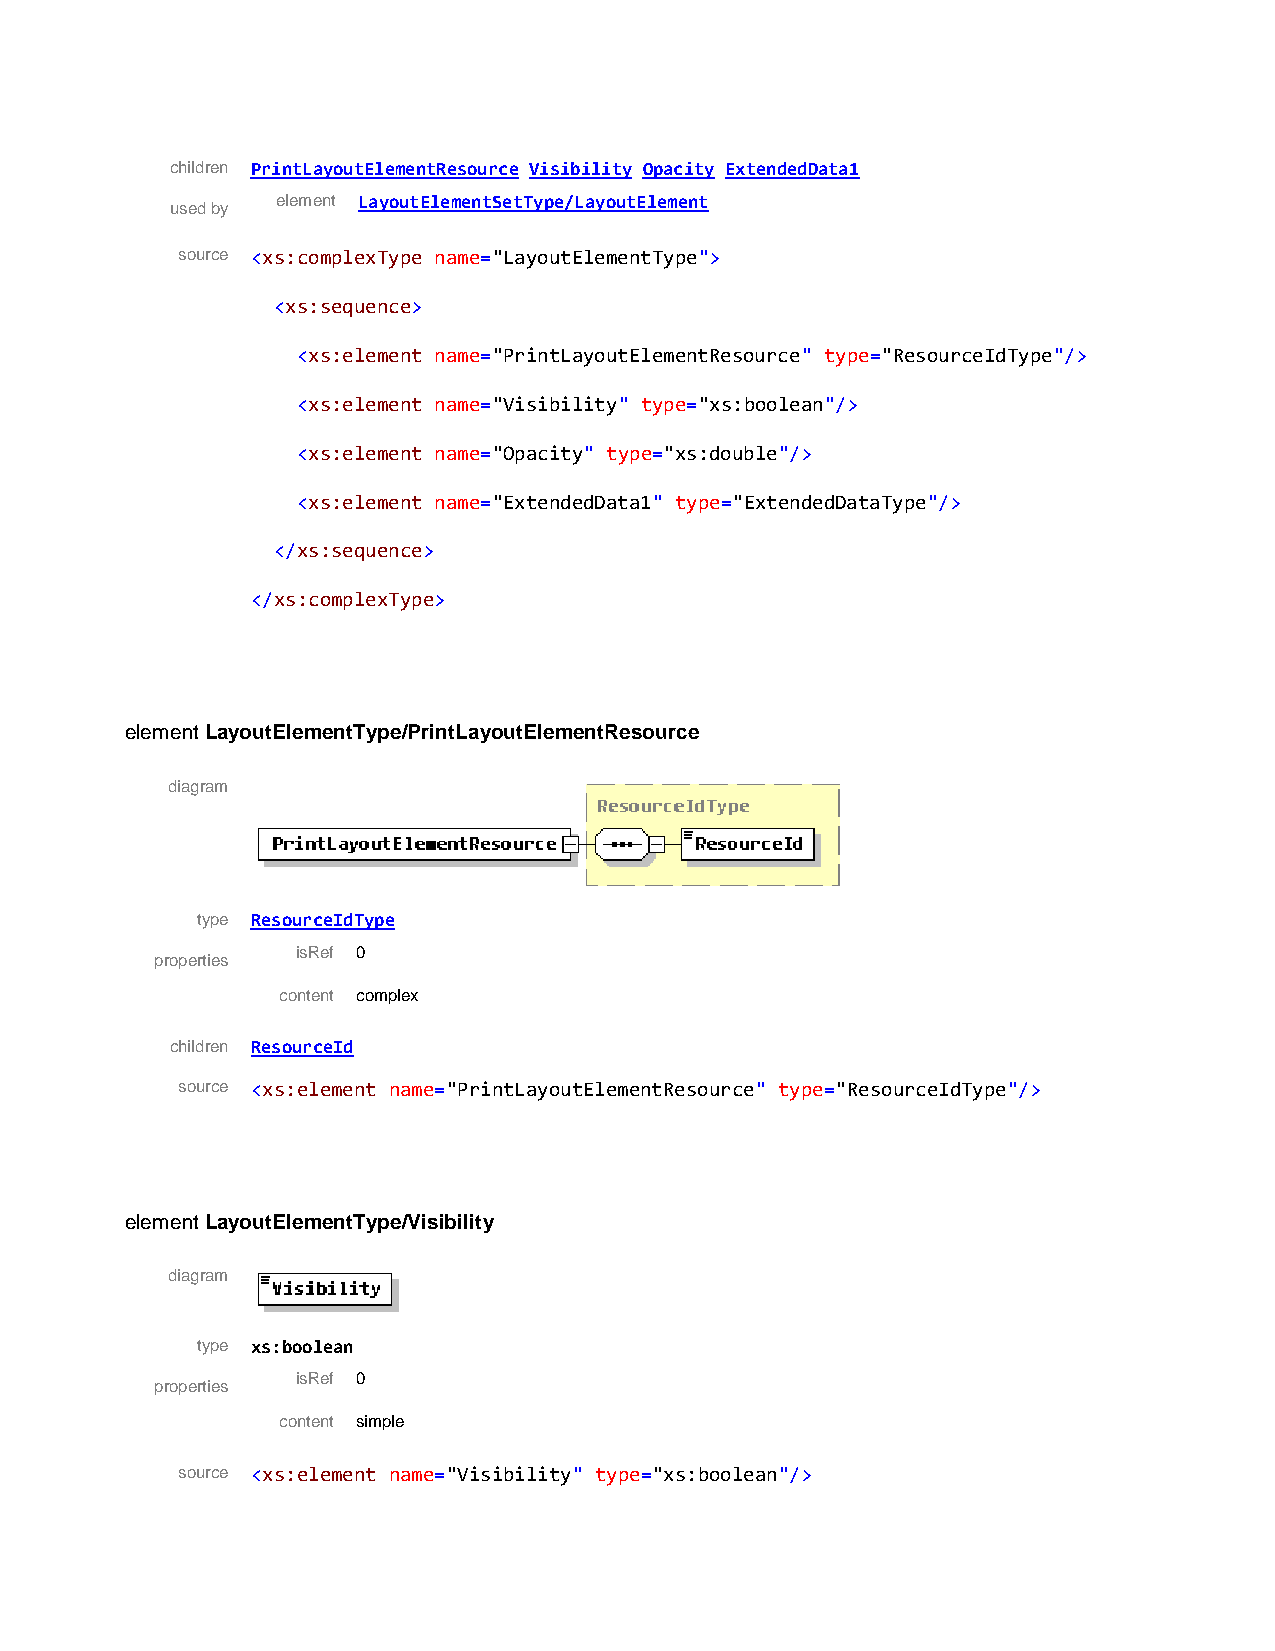
children PrintLayoutElementResource Visibility Opacity ExtendedData1
 element LayoutElementSetType/LayoutElement
 used by
 source <xs:complexType name="LayoutElementType">
 <xs:sequence>
 <xs:element name="PrintLayoutElementResource" type="ResourceIdType"/>
 <xs:element name="Visibility" type="xs:boolean"/>
 <xs:element name="Opacity" type="xs:double"/>
 <xs:element name="ExtendedData1" type="ExtendedDataType"/>
 </xs:sequence>
 </xs:complexType>
 element LayoutElementType/PrintLayoutElementResource
 diagram
 type ResourceIdType
 isRef 0
 properties
 content complex
 children ResourceId
 source <xs:element name="PrintLayoutElementResource" type="ResourceIdType"/>
 element LayoutElementType/Visibility
 diagram
 type xs:boolean
 isRef 0
 properties
 content simple
 source <xs:element name="Visibility" type="xs:boolean"/>